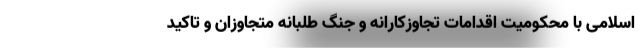
اسلامی با محکومیت اقدامات تجاوزکارانه و جنگ طلبانه متجاوزان و تاکید